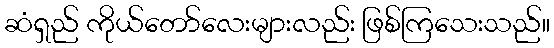
ဆံရှည် ကိုယ်တော်လေးများလည်း ဖြစ်ကြသေးသည်။